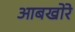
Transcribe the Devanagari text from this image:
आबखोरे